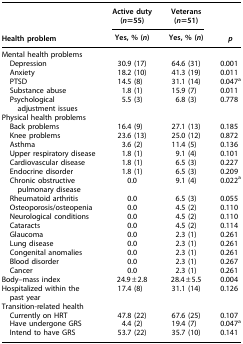
<table><thead><tr><td><b> </b></td><td><b>Active duty (<i>n</i>=55)</b></td><td><b>Veterans (<i>n</i>=51)</b></td><td><b> </b></td></tr><tr><td><b>Health problem</b></td><td><b>Yes, % (<i>n</i>)</b></td><td><b>Yes, % (<i>n</i>)</b></td><td><b><i>p</i></b></td></tr></thead><tbody><tr><td colspan="4">Mental health problems</td></tr><tr><td> Depression</td><td>30.9 (17)</td><td>64.6 (31)</td><td>0.001</td></tr><tr><td> Anxiety</td><td>18.2 (10)</td><td>41.3 (19)</td><td>0.011</td></tr><tr><td> PTSD</td><td>14.5 (8)</td><td>31.1 (14)</td><td>0.047<sup>a</sup></td></tr><tr><td> Substance abuse</td><td>1.8 (1)</td><td>15.9 (7)</td><td>0.011</td></tr><tr><td> Psychological adjustment issues</td><td>5.5 (3)</td><td>6.8 (3)</td><td>0.778</td></tr><tr><td colspan="4">Physical health problems</td></tr><tr><td> Back problems</td><td>16.4 (9)</td><td>27.1 (13)</td><td>0.185</td></tr><tr><td> Knee problems</td><td>23.6 (13)</td><td>25.0 (12)</td><td>0.872</td></tr><tr><td> Asthma</td><td>3.6 (2)</td><td>11.4 (5)</td><td>0.136</td></tr><tr><td> Upper respiratory disease</td><td>1.8 (1)</td><td>9.1 (4)</td><td>0.101</td></tr><tr><td> Cardiovascular disease</td><td>1.8 (1)</td><td>6.5 (3)</td><td>0.227</td></tr><tr><td> Endocrine disorder</td><td>1.8 (1)</td><td>6.5 (3)</td><td>0.209</td></tr><tr><td> Chronic obstructive pulmonary disease</td><td>0.0</td><td>9.1 (4)</td><td>0.022<sup>a</sup></td></tr><tr><td> Rheumatoid arthritis</td><td>0.0</td><td>6.5 (3)</td><td>0.055</td></tr><tr><td> Osteoporosis/osteopenia</td><td>0.0</td><td>4.5 (2)</td><td>0.110</td></tr><tr><td> Neurological conditions</td><td>0.0</td><td>4.5 (2)</td><td>0.110</td></tr><tr><td> Cataracts</td><td>0.0</td><td>4.5 (2)</td><td>0.114</td></tr><tr><td> Glaucoma</td><td>0.0</td><td>2.3 (1)</td><td>0.261</td></tr><tr><td> Lung disease</td><td>0.0</td><td>2.3 (1)</td><td>0.261</td></tr><tr><td> Congenital anomalies</td><td>0.0</td><td>2.3 (1)</td><td>0.261</td></tr><tr><td> Blood disorder</td><td>0.0</td><td>2.3 (1)</td><td>0.267</td></tr><tr><td> Cancer</td><td>0.0</td><td>2.3 (1)</td><td>0.261</td></tr><tr><td>Body–mass index</td><td>24.9±2.8</td><td>28.4±5.5</td><td>0.004</td></tr><tr><td>Hospitalized within the past year</td><td>17.4 (8)</td><td>31.1 (14)</td><td>0.126</td></tr><tr><td colspan="4">Transition-related health</td></tr><tr><td> Currently on HRT</td><td>47.8 (22)</td><td>67.6 (25)</td><td>0.107</td></tr><tr><td> Have undergone GRS</td><td>4.4 (2)</td><td>19.4 (7)</td><td>0.047<sup>a</sup></td></tr><tr><td> Intend to have GRS</td><td>53.7 (22)</td><td>35.7 (10)</td><td>0.141</td></tr></tbody></table>